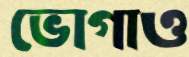
ভোগাও